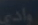
واضح